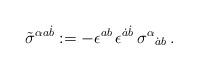
LaTeX: \begin{align*}\tilde\sigma^{\alpha a\dot b}:=-\epsilon^{ab}\,\epsilon^{\dot a\dot b}\,\sigma^\alpha{}_{\dot a b}\,.\end{align*}